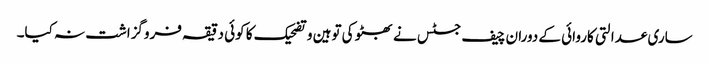
ساری عدالتی کاروائی کے دوران چیف جسٹس نے بھٹو کی توہین و تضحیک کا کوئی دقیقہ فروگزاشت نہ کیا۔